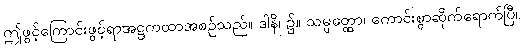
ဤဖွင့်ကြောင်းဖွင့်ရာအဋ္ဌကထာအစဉ်သည်။ ဒါနိ၊ ၌။ သမ္ပတ္ထော၊ ကောင်းစွာဆိုက်ရောက်ပြီ။